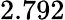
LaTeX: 2.792